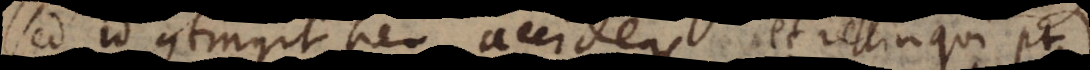
sed id contingit per accidens, et relinqui potest